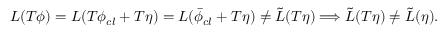
{ \cal { L } } ( T \phi ) = { \cal { L } } ( T \phi _ { c l } + T \eta ) = { \cal { L } } ( \bar { \phi } _ { c l } + T \eta ) \neq { \cal { \tilde { L } } } ( T \eta ) \Longrightarrow { \cal { \tilde { L } } } ( T \eta ) \neq { \cal { \tilde { L } } } ( \eta ) .